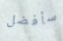
سأفضل